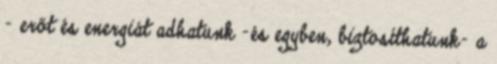
- erőt és energiát adhatunk -és egyben, biztosíthatunk- a